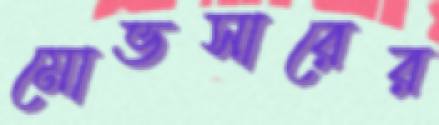
মোভসারের